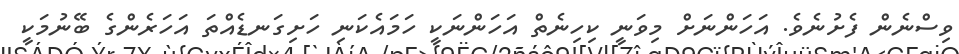
ވިސްނެން ފެށުނެވެ. އަހަންނަށް މިވަނީ ކިހިނެތް އަހަންނަކީ ހަމައެކަނި ހަށިގަނޑެއްތަ އަހަރެންގެ ބޭނުމަކީ